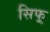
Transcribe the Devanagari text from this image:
सिफ्र्